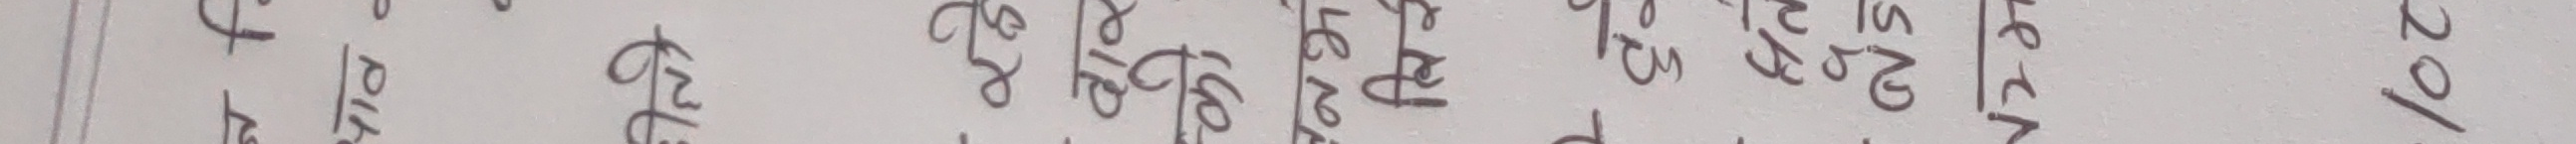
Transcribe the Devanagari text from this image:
एकत्र कोही राजा सरले पुरुषले धेरै कहिले के छ भन्दा पुज्ने भयेको थियो।
राजाले कोही महलिका सजायक रिन पठाएर हेर्नु भयो।
तर कोही पनि आएन।
राजा दुखी भएर एक कुर्सी मा बसेका थिए।